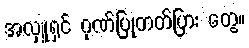
အလှူရှင် ဂုဏ်ပြုကတ်ပြား တွေ။